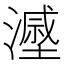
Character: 𣿷